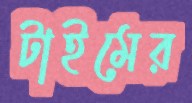
টাইমের